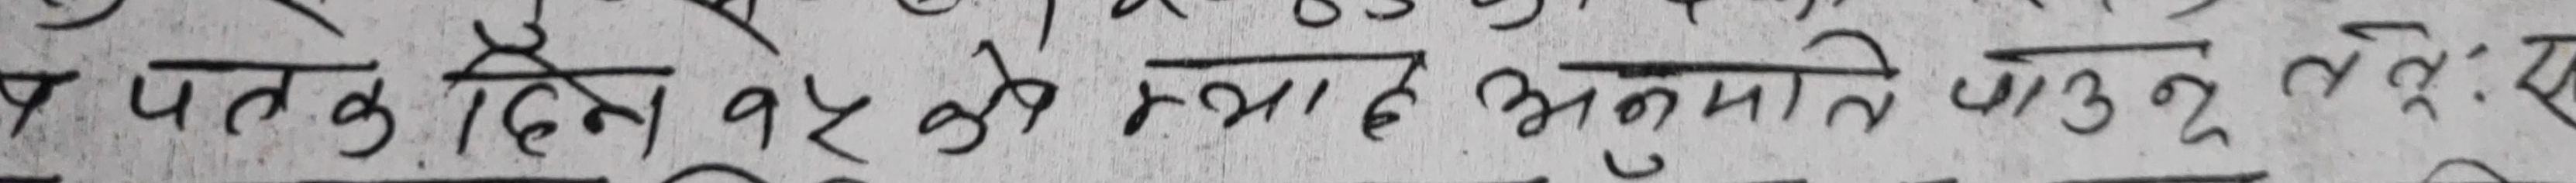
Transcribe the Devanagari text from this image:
4 पटक दिए १२ को क्याट अनुमानित पाउने सुल्न